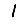
Digit: 1